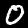
Label: 0